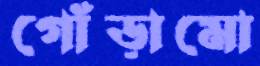
গোঁড়ামো